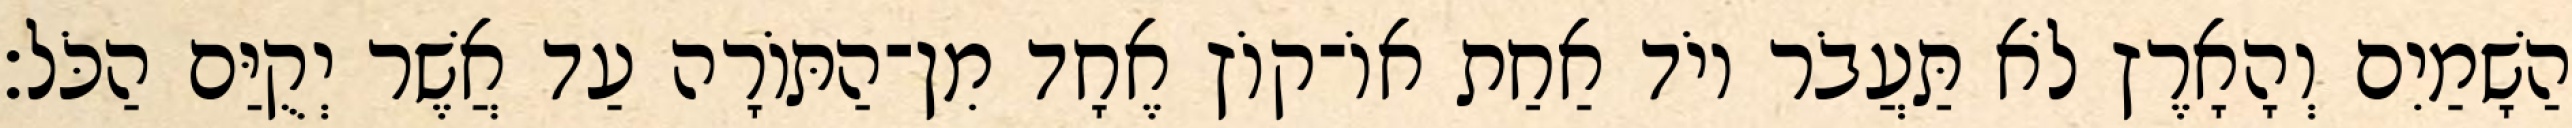
הַשָׁמַיִם וְהָאָרֶץ לֹא תַּעֲבֹר יוֹד אַחַת אוֹ־קוֹץ אֶחָד מִן־הַתּוֹרָה עַד אֲשֶׁר יְקֻיַּם הַכֹּל׃